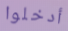
أدخلوا